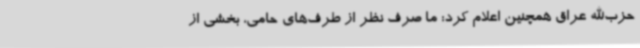
حزب‌الله عراق همچنین اعلام کرد: ما صرف نظر از طرف‌های حامی، بخشی از